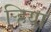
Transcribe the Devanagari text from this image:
ऱ्हिया